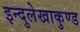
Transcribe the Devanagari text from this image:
इन्दुलेखाकुण्ड